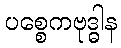
ပစ္စေကဗုဒ္ဓါန